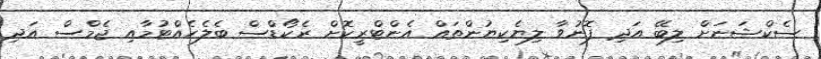
ސެކްޝަނަށް ލިބޭ އަދި ފޮނުވާ ލިޔެކިޔުންތައް އެންޓްރީކޮށް ރެކޯޑްސް ބެލެހެއްޓުމާއި ޖެމްސް އަދި